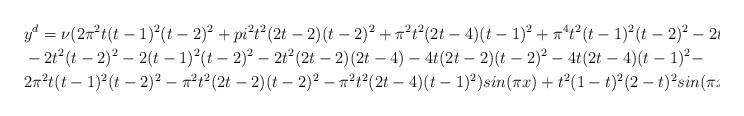
LaTeX: \begin{align*}&y^d=\nu(2\pi ^2t(t-1)^2(t-2)^2+pi ^2t^2(2t-2)(t-2)^2+\pi ^2t^2(2t-4)(t-1)^2+\pi ^4t^2(t-1)^2(t-2)^2-2t^2(t-1)^2\\&-2t^2(t-2)^2-2(t-1)^2(t-2)^2-2t^2(2t-2)(2t-4)-4t(2t-2)(t-2)^2-4t(2t-4)(t-1)^2-\\&2\pi ^2t(t-1)^2(t-2)^2-\pi ^2t^2(2t-2)(t-2)^2-\pi ^2t^2(2t-4)(t-1)^2)sin(\pi x)+t^2(1-t)^2(2-t)^2sin(\pi x).\end{align*}